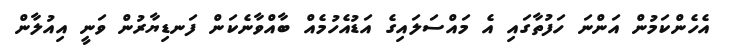
އެހެންކަމުން އަންނަ ހަފުތާގައި އެ މައްސަލައިގެ އަޑުއެހުމެއް ބާއްވާނެކަން ފަނޑިޔާރުން ވަނީ އިއުލާން